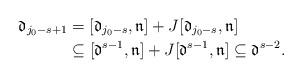
LaTeX: \begin{align*} \mathfrak{d}_{j_0-s+1} & = [\mathfrak{d}_{j_0-s},\mathfrak{n}] + J[\mathfrak{d}_{j_0-s},\mathfrak{n}] \\ & \subseteq [\mathfrak{d}^{s-1},\mathfrak{n}]+J[\mathfrak{d}^{s-1},\mathfrak{n}] \subseteq \mathfrak{d}^{s-2}.\end{align*}